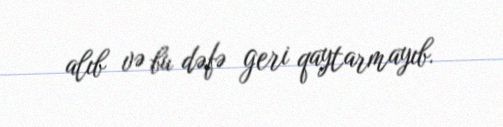
alıb və bu dəfə geri qaytarmayıb.